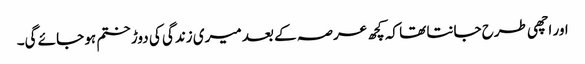
اور اچھی طرح جانتا تھا کہ کچھ عرصہ کے بعد میری زندگی کی دوڑ ختم ہو جائے گی۔